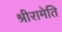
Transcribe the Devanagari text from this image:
श्रीरामेति